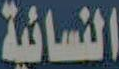
النسائية